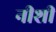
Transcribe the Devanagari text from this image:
नीशी